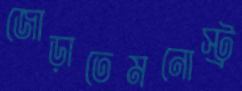
জোড়াতেমনোস্ট্র